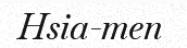
Hsia-men